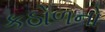
કઠોળનો